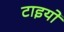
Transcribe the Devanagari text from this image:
टाइयो